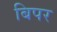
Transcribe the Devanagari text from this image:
बिपर